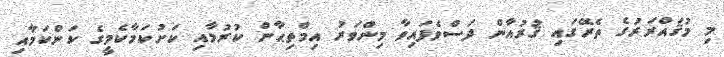
މި މުޤައްރަރުގެ ތެރޭގައި ޤުރުއާން ދަސްވެފައިވާ މިންވަރު އިމްތިޙާން ކުރުމާއި ކަށުކަމާކެމީގެ ކަންކަމާއި